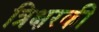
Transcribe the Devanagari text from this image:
त्रिक्षरकी